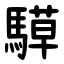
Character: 騲